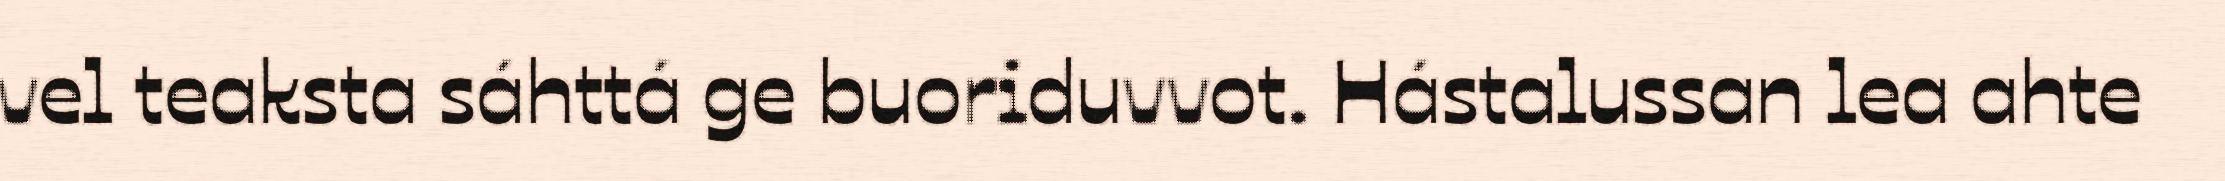
vel teaksta sáhttá ge buoriduvvot. Hástalussan lea ahte